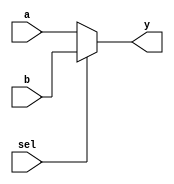
///////////////////////////////////////////////////////////////////////////////////////////////////
// Company: <Name>
//
// File history:
//      <Revision number>: <Date>: <Comments>
//      <Revision number>: <Date>: <Comments>
//      <Revision number>: <Date>: <Comments>
//
// Description: 
//
// <Description here>
//
// Targeted device: <Family::SmartFusion> <Die::A2F200M3F> <Package::484 FBGA>
//
// Used example from Verilog Lecture Notes
/////////////////////////////////////////////////////////////////////////////////////////////////// 

//`timescale <time_units> / <precision>

module mux( a, b, sel, y );
    input [3:0] a, b;
    input sel;
    output [3:0] y;

    assign y = sel ? b : a;

//always @(a or b or sel)
//begin
    //if (sel == 1) 
        //y = a;
    //else 
        //y = b;
//end

endmodule